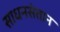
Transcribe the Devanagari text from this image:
साधनसंतान